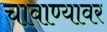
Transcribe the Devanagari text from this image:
चावाण्यावर